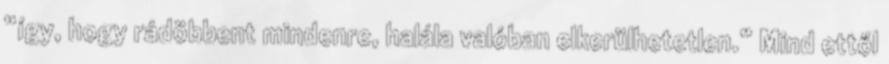
“így, hogy rádöbbent mindenre, halála valóban elkerülhetetlen.” Mind ettől